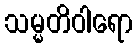
သမ္မတိဝါရော